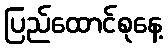
ပြည်ထောင်စုနေ့